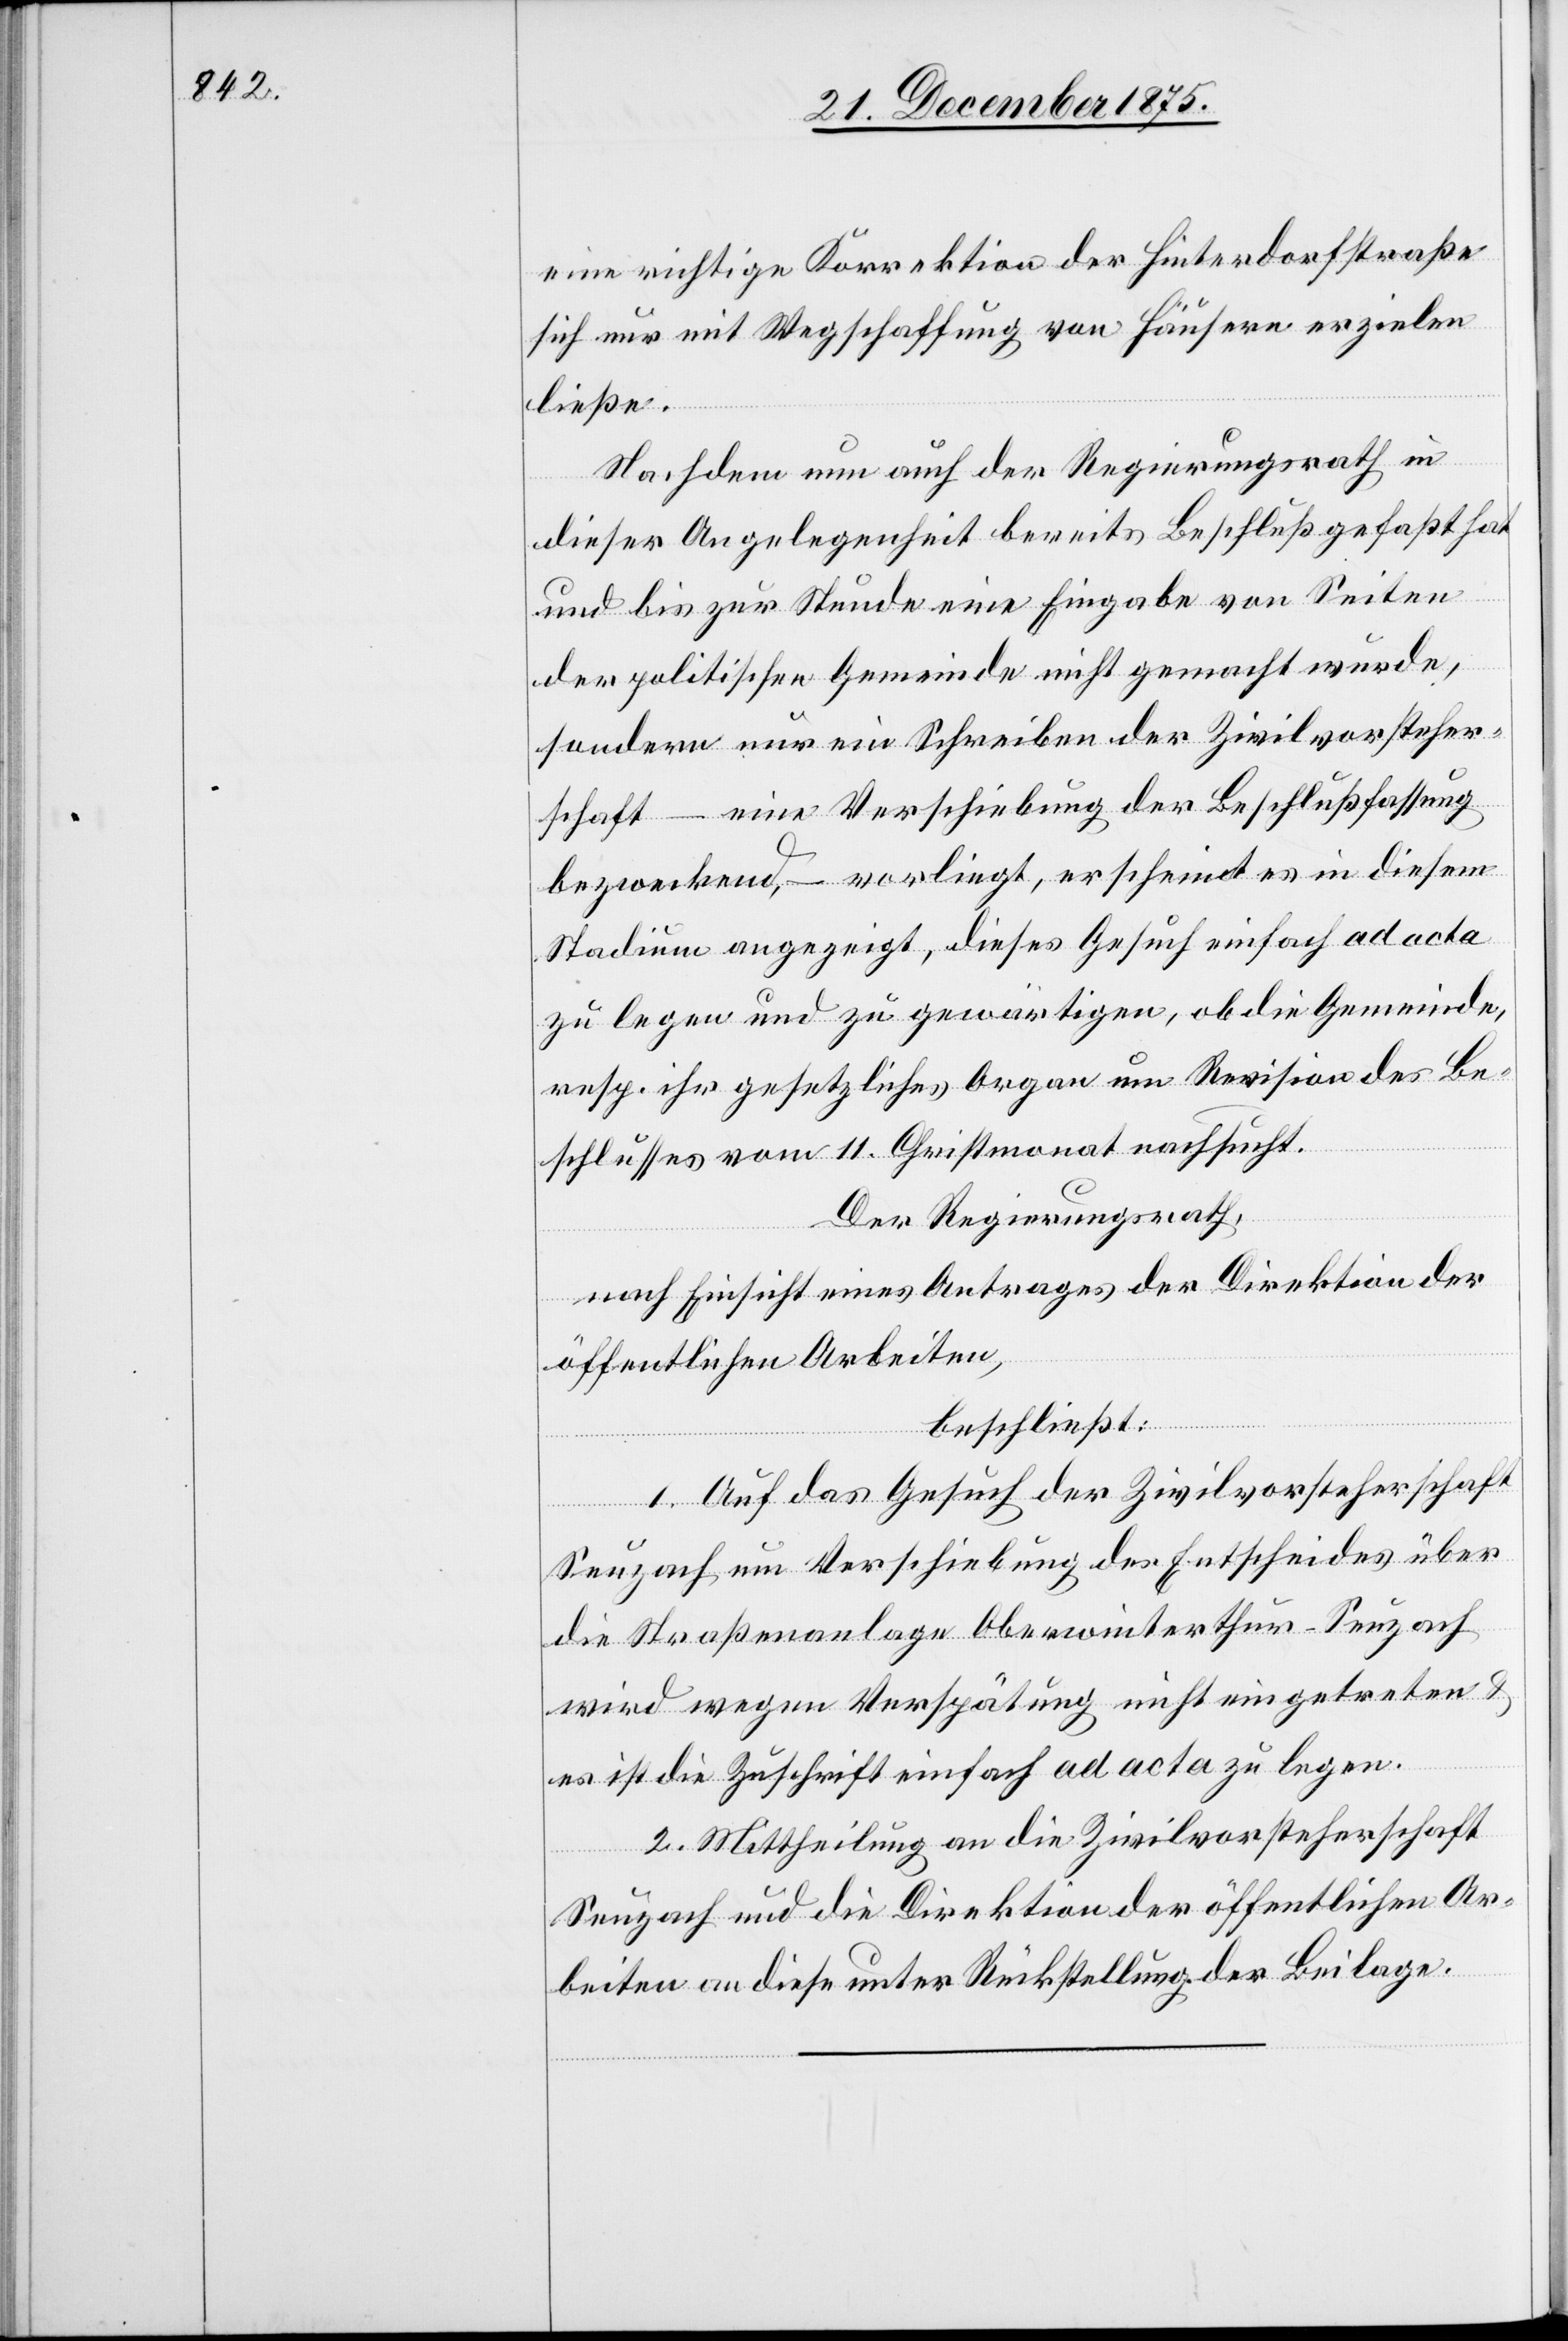
eine richtige Korrektion der Hinterdorfstraße
sich nur mit Wegschaffung von Häusern erzielen
ließe.
Nachdem nun auch der Regierungsrath in
dieser Angelegenheit bereits Beschluß gefaßt hat
und bis zur Stunde eine Eingabe von Seiten
der politischen Gemeinde nicht gemacht wurde,
sondern nur ein Schreiben der Zivilvorsteher¬
schaft – eine Verschiebung der Beschlußfassung
bezweckend, – vorliegt, erscheint es in diesem
Stadium angezeigt, dieses Gesuch einfach ad acta
zu legen und zu gewärtigen, ob die Gemeinde,
resp. ihr gesetzliches Organ um Revision des Be¬
schlusses vom 11. Christmonat nachsucht.
Der Regierungsrath,
nach Einsicht eines Antrages der Direktion der
öffentlichen Arbeiten,
beschließt:
1. Auf das Gesuch der Zivilvorsteherschaft
Seuzach um Verschiebung des Entscheides über
die Straßenanlage Oberwinterthur–Seuzach
wird wegen Verspätung nicht eingetreten &
es ist die Zuschrift einfach ad acta zu legen.
2. Mittheilung an die Zivilvorsteherschaft
Seuzach und die Direktion der öffentlichen Ar¬
beiten an diese unter Rückstellung der Beilage.